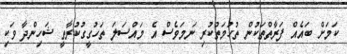
ކަމަށް ބައެއް ފަރާތްތަކުން ތުހުމަތުކުރި ނަމަވެސް އެ މައްސަލަ ތަހުގީގުކުރާތީ ޝަހިންދާ ވަކި